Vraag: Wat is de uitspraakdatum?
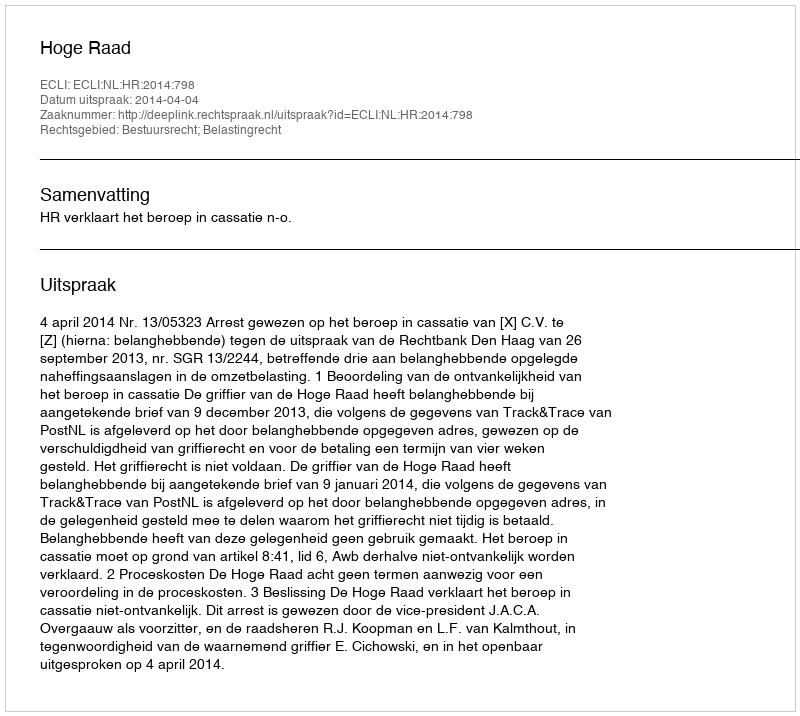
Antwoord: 2014-04-04